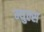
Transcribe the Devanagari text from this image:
म्युल्स